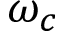
\omega _ { c }